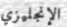
الإنجليزي